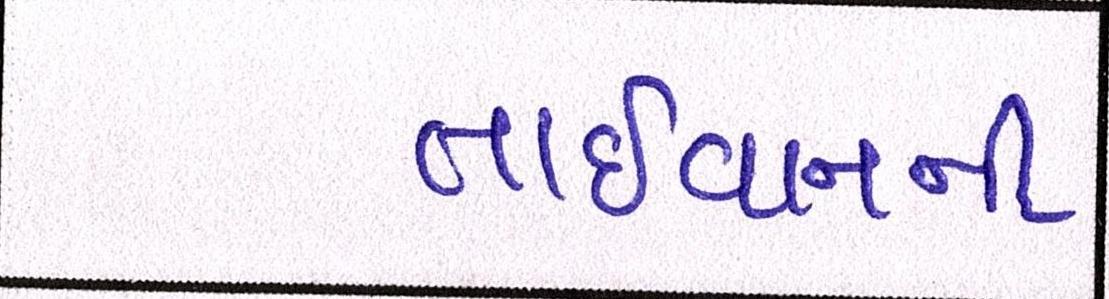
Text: તાઈવાનની